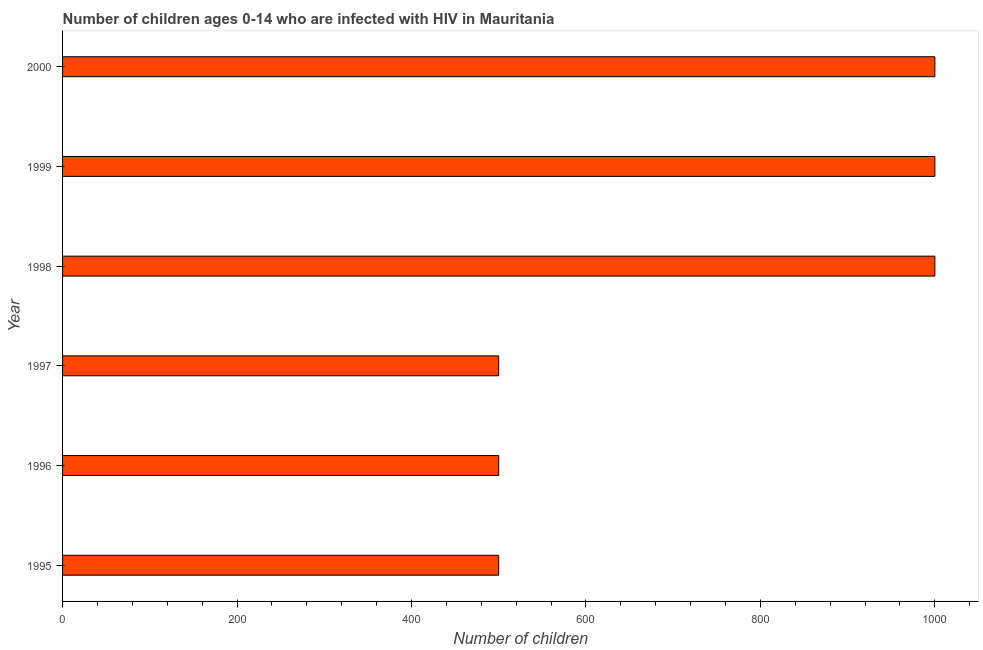
| Year | Children (0-14) living with HIV |
 | --- | --- |
 | 1995 | 500 |
 | 1996 | 500 |
 | 1997 | 500 |
 | 1998 | 1e+03 |
 | 1999 | 1e+03 |
 | 2000 | 1e+03 |